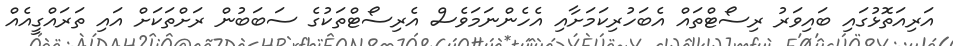
އަރިއަތޮޅުގައި ބައިވަރު ރިސޯޓްތައް އެބަހުރިކަމަށާއި އެހެންނަމަވެސް އެރިސޯޓްތަކުގެ ސަބަބުން ރަށްތަކަށް އައި ތަރައްގީއެއް